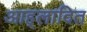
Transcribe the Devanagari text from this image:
आह्‌लादित